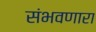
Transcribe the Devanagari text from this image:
संभवणारा